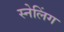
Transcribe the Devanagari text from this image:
स्नेलिंग